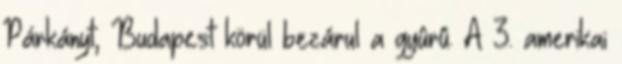
Párkányt, Budapest körül bezárul a gyûrû. A 3. amerikai